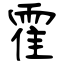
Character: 霍